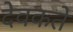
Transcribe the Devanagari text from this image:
देवकते